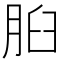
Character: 𦛓